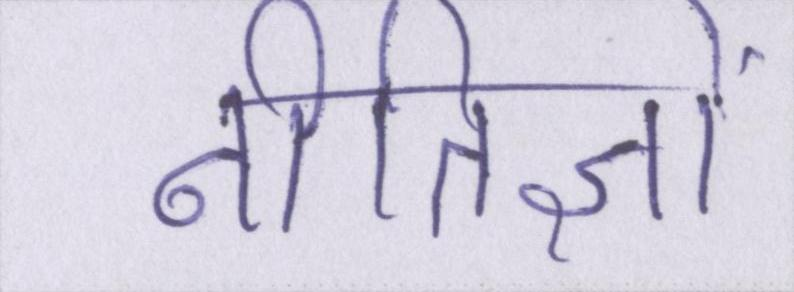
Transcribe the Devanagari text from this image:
नीतिज्ञों